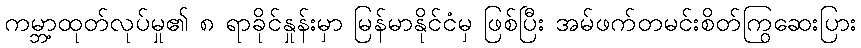
ကမ္ဘာ့ထုတ်လုပ်မှု၏ ၈ ရာခိုင်နှုန်းမှာ မြန်မာနိုင်ငံမှ ဖြစ်ပြီး အမ်ဖက်တမင်းစိတ်ကြွဆေးပြား